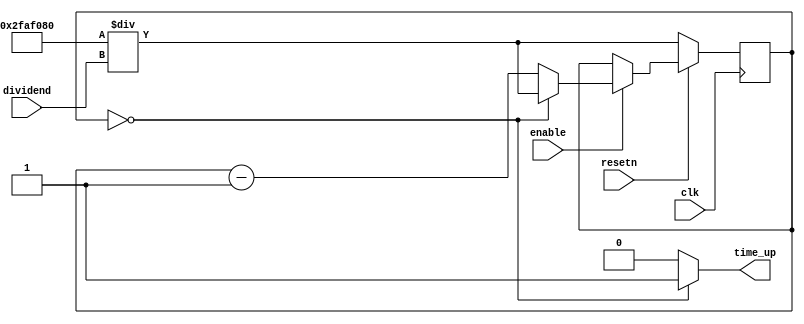
module timer_s(
    input clk, resetn, enable, 
    input [25:0] dividend,
    output time_up
);
    reg [25:0] count;
    wire [25:0] check_value;
    assign check_value = 26'd50000000 / dividend;

    always @(posedge clk) begin
        if (!resetn)
			count <= check_value;
		else if (enable) begin
			if (count == 26'd0)
				count <= check_value;
			else
				count <= count - 1'b1;
		end
    end
    assign time_up = (count == 26'd0) ? 1 : 0;
endmodule



module timer_l(
    input clk, resetn, enable, 
    input [25:0] dividend,
    output time_up
);
    reg [25:0] count;
    wire [25:0] initial_value, check_value;
    assign initial_value = 26'd50000000;
    assign check_value = initial_value / dividend;


     
    always @(posedge clk) begin
        if (!resetn)
			count <= check_value;
		else if (enable) begin
			if (count == 26'd0)
				count <= check_value;
			else
				count <= count - 1'b1;
		end
    end
    assign time_up = ((count >= 26'd0) & (count <= check_value / 2)) ? 1 : 0;
endmodule